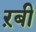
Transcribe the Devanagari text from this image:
ऱबी